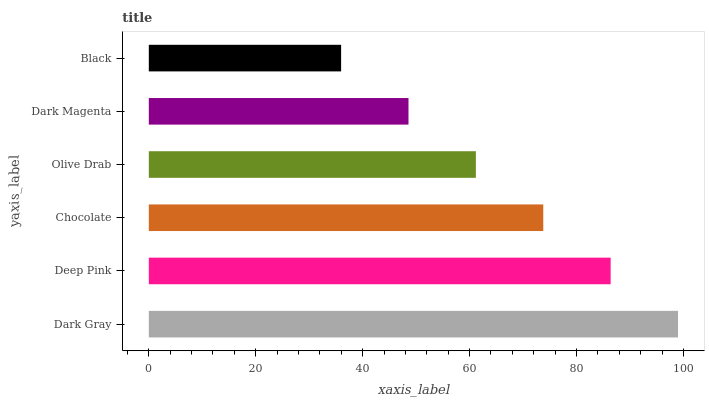
| yaxis_label | bars |
 | --- | --- |
 | Dark Gray | 99 |
 | Deep Pink | 86.4 |
 | Chocolate | 73.8 |
 | Olive Drab | 61.2 |
 | Dark Magenta | 48.6 |
 | Black | 36 |